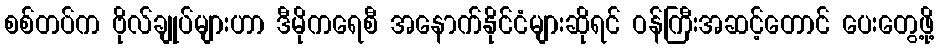
စစ်တပ်က ဗိုလ်ချုပ်များဟာ ဒီမိုကရေစီ အနောက်နိုင်ငံများဆိုရင် ဝန်ကြီးအဆင့်တောင် ပေးတွေ့ဖို့